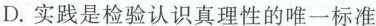
D.实践是检验认识真理性的唯一标准